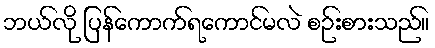
ဘယ်လို ပြန်ကောက်ရကောင်မလဲ စဉ်းစားသည်။